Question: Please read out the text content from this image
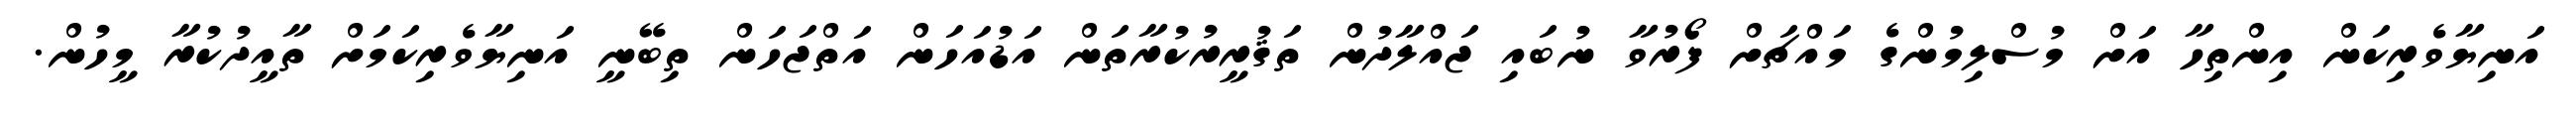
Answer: އަނިޔާވެރިކަން އިންތިހާ އަށް މުސްލިމުންގެ މައްޗަށް ފޯރުވާ ނުބައި ޖައްލާދުން ތަޤުރީރުކުރާތަން އަޑުއަހަން އަތްޖަހަން ތިބޭނީ އަނިޔާވެރިކަމަށް ތާއީދުކުރާ މީހުން.